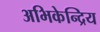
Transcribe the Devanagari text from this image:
अभिकेन्द्रिय